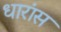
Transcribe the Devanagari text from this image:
धारांस